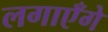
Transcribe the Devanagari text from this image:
लगाएँगे